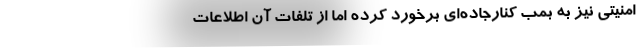
امنیتی نیز به بمب کنارجاده‌ای برخورد کرده اما از تلفات آن اطلاعات